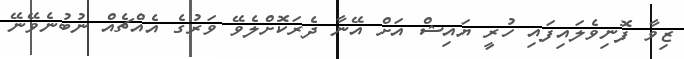
ޒިވާ ފޮނިވެލައިފައި ހުރީ ޔައިޝް އަށް އޭނާ ދެރަކޮށްލެވޭ ވަރުގެ އެއްޗެއް ނުބުނެވޭނޭ